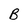
Character: B